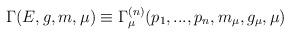
LaTeX: \begin{align*}\Gamma (E,g,m,\mu )\equiv \Gamma _{\mu }^{(n)}(p_{1},...,p_{n},m_{\mu},g_{\mu },\mu )\end{align*}